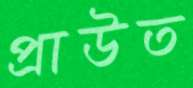
প্রাউত